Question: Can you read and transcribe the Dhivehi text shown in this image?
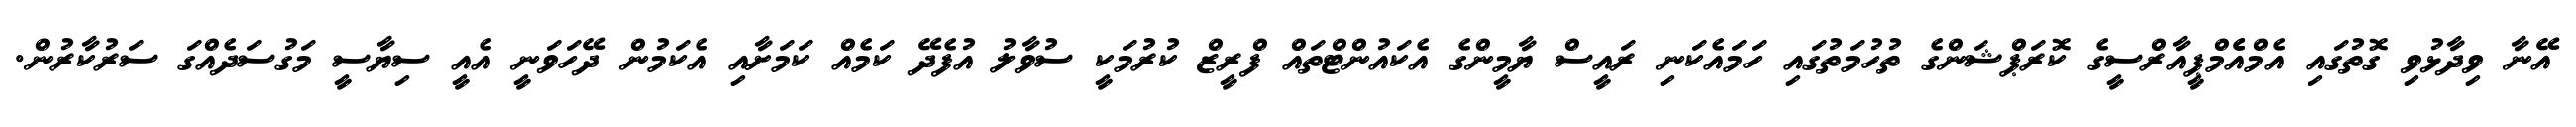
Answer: އޭނާ ވިދާޅުވި ގޮތުގައި އެމްއެެމްޕީއާރްސީގެ ކޮރަޕްޝަންގެ ތުހުމަތުގައި ހަމައެކަނި ރައީސް ޔާމީންގެ އެކައުންޓްތައް ފްރީޒް ކުރުމަކީ ސުވާލު އުފެދޭ ކަމެއް ކަމަށާއި އެކަމުން ދޭހަވަނީ އެއީ ސިޔާސީ މަގުސަދެއްގަ ސަރުކާރުން.